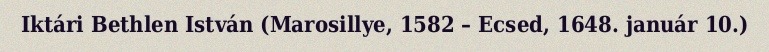
Iktári Bethlen István (Marosillye, 1582 – Ecsed, 1648. január 10.)